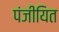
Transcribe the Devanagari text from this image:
पंजीयित